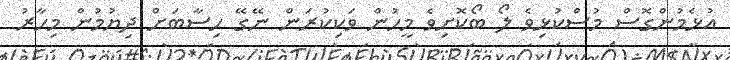
އުޅެމުންގޮސް މުސްކުޅިވެ ލޯ ބޯކޮށިވެ މީހުން ވަކިކުރަން ނޭގޭ ހިސާބަށް ދިޔުމުން މިހާރު